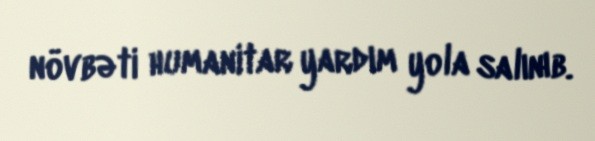
növbəti humanitar yardım yola salınıb.